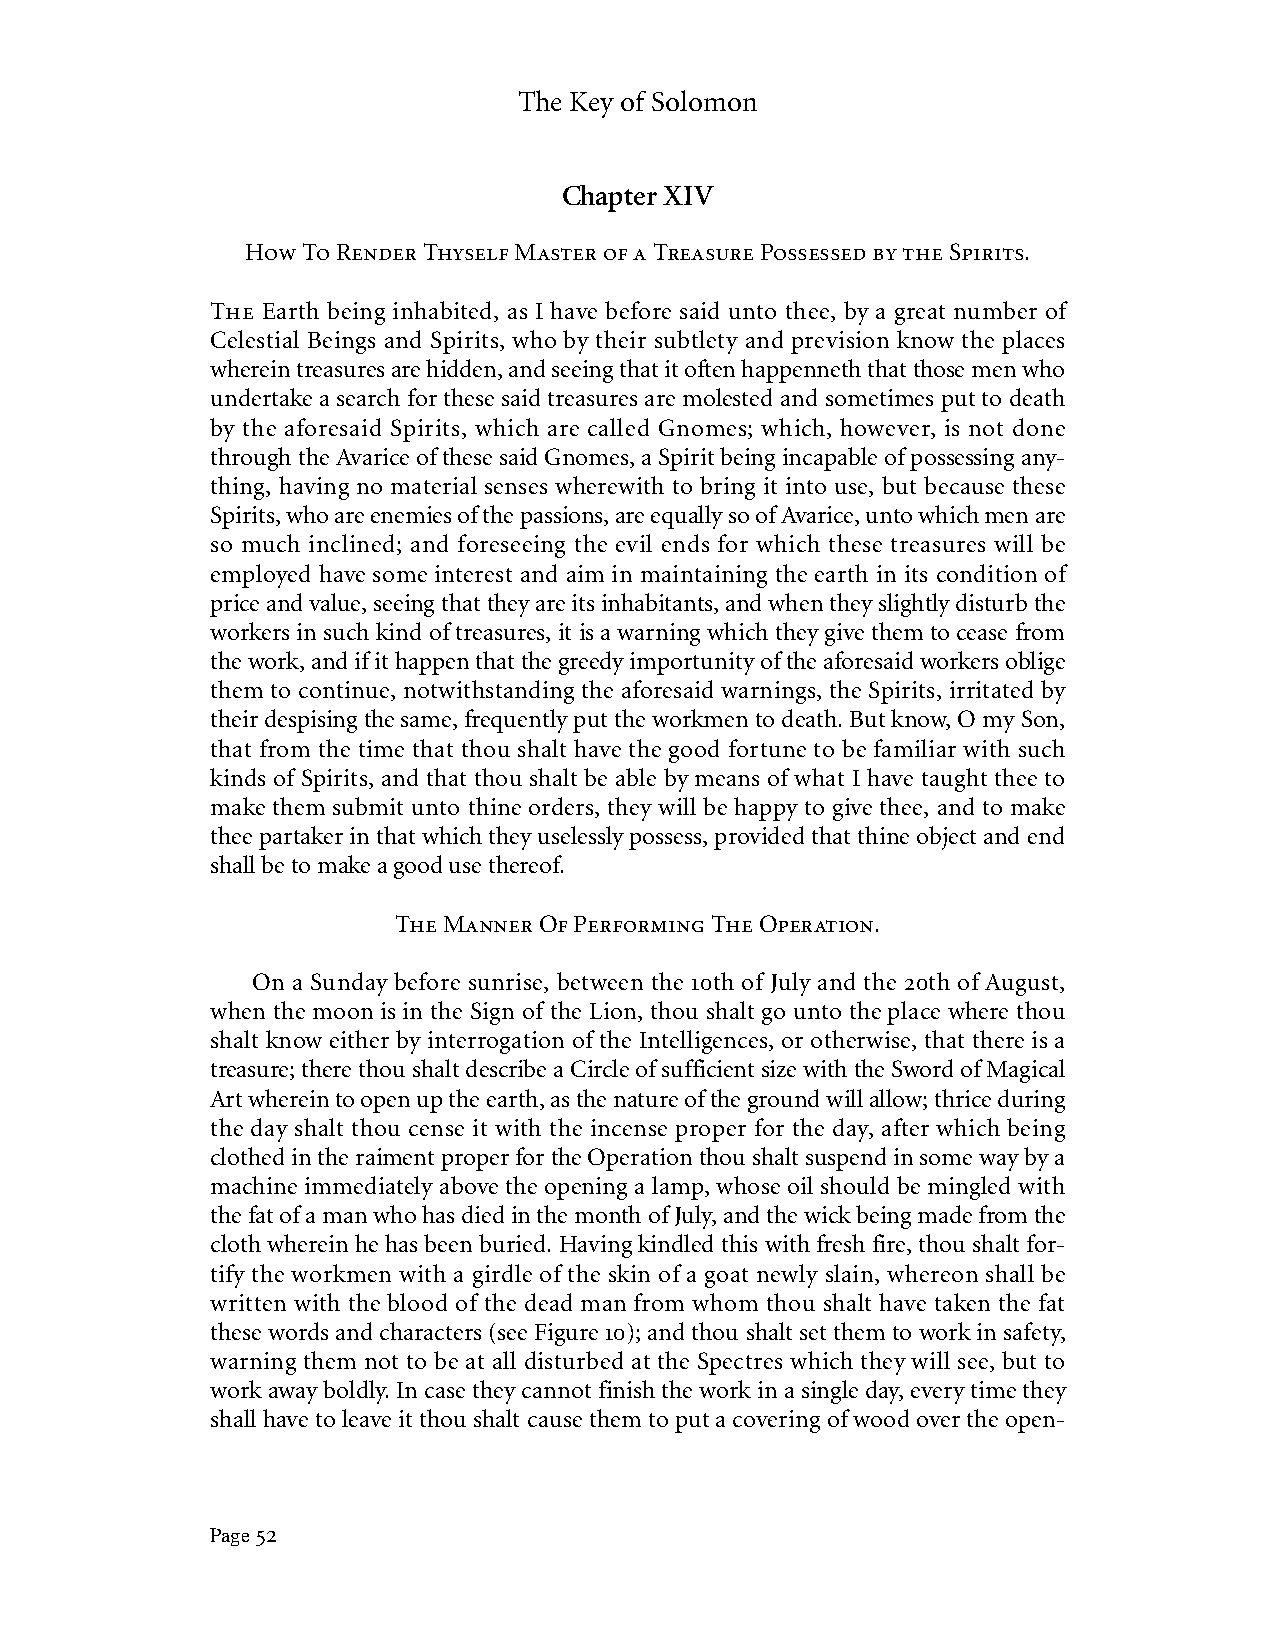
The Key of Solomon
 Chapter XIV
 How To Render Thyself Master of a Treasure Possessed by the Spirits.
 The Earth being inhabited, as I have before said unto thee, by a great number of
 Celestial Beings and Spirits, who by their subtlety and prevision know the places
 wherein treasures are hidden, and seeing that it often happenneth that those men who
 undertake a search for these said treasures are molested and sometimes put to death
 by the aforesaid Spirits, which are called Gnomes; which, however, is not done
 through the Avarice of these said Gnomes, a Spirit being incapable of possessing any-
 thing, having no material senses wherewith to bring it into use, but because these
 Spirits, who are enemies of the passions, are equally so of Avarice, unto which men are
 so much inclined; and foreseeing the evil ends for which these treasures will be
 employed have some interest and aim in maintaining the earth in its condition of
 price and value, seeing that they are its inhabitants, and when they slightly disturb the
 workers in such kind of treasures, it is a warning which they give them to cease from
 the work, and if it happen that the greedy importunity of the aforesaid workers oblige
 them to continue, notwithstanding the aforesaid warnings, the Spirits, irritated by
 their despising the same, frequently put the workmen to death. But know, O my Son,
 that from the time that thou shalt have the good fortune to be familiar with such
 kinds of Spirits, and that thou shalt be able by means of what I have taught thee to
 make them submit unto thine orders, they will be happy to give thee, and to make
 thee partaker in that which they uselessly possess, provided that thine object and end
 shall be to make a good use thereof.
 The Manner Of Performing The Operation.
 On a Sunday before sunrise, between the 10th of July and the 20th of August,
 when the moon is in the Sign of the Lion, thou shalt go unto the place where thou
 shalt know either by interrogation of the Intelligences, or otherwise, that there is a
 treasure; there thou shalt describe a Circle of sufficient size with the Sword of Magical
 Art wherein to open up the earth, as the nature of the ground will allow; thrice during
 the day shalt thou cense it with the incense proper for the day, after which being
 clothed in the raiment proper for the Operation thou shalt suspend in some way by a
 machine immediately above the opening a lamp, whose oil should be mingled with
 the fat of a man who has died in the month of July, and the wick being made from the
 cloth wherein he has been buried. Having kindled this with fresh fire, thou shalt for-
 tify the workmen with a girdle of the skin of a goat newly slain, whereon shall be
 written with the blood of the dead man from whom thou shalt have taken the fat
 these words and characters (see Figure 10); and thou shalt set them to work in safety,
 warning them not to be at all disturbed at the Spectres which they will see, but to
 work away boldly. In case they cannot finish the work in a single day, every time they
 shall have to leave it thou shalt cause them to put a covering of wood over the open-
 Page 52